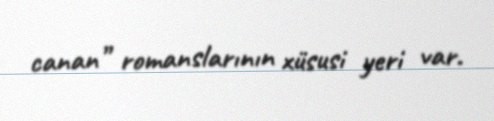
canan” romanslarının xüsusi yeri var.